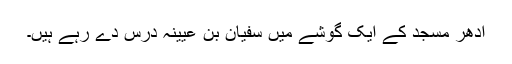
ادھر مسجد کے ایک گوشے میں سفیان بن عیینہ درس دے رہے ہیں۔